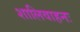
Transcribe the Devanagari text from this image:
शालिवाहनः